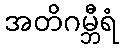
အတိဂမ္ဘီရံ